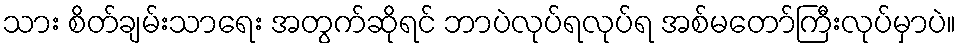
သား စိတ်ချမ်းသာရေး အတွက်ဆိုရင် ဘာပဲလုပ်ရလုပ်ရ အစ်မတော်ကြီးလုပ်မှာပဲ။